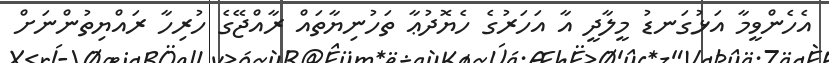
އެހެންވީމާ އަޅުގަނޑު މީލާދީ އާ އަހަރުގެ ހެޔޮދުޢާ ތަހުނިޔާތައް ރާއްޖޭގެ ހުރިހާ ރައްޔިތުންނަށް